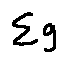
\sum g